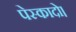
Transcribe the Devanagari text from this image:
पेस्कादो।